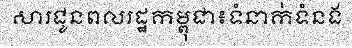
សារជូនពលរដ្ឋកម្ពុជា៖ទំនាក់ទំនង